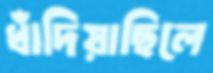
ধাঁদিয়াছিলে